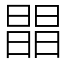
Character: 𣊭